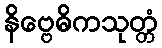
နိဗ္ဗေဓိကသုတ္တံ